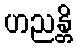
ဟညန္တိ